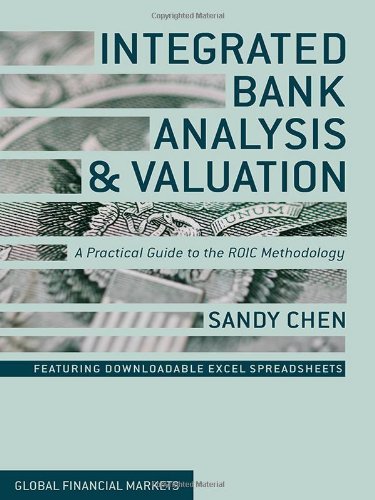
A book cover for Integrated Bank Analysis and Valuation: A Practical Guide to the ROIC Methodology (Global Financial Markets); Sandy Chen; Business & Money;